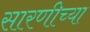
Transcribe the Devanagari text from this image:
सारणीच्या